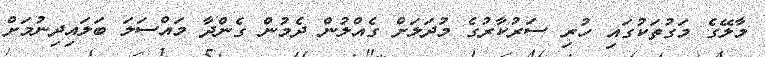
މާލޭގެ މަގުތަކުގައި ހުރި ސަރުކާރުގެ މުދަލަށް ގެއްލުން ދެމުން ގެންދާ މައްސަލަ ބަލައިދިނުމަށް